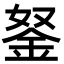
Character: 𨥬